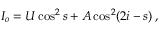
\! I _ { o } = U \cos ^ { 2 } s + A \cos ^ { 2 } ( 2 i - s ) \, ,